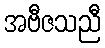
အဗီဇသညီ